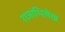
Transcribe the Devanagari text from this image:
राजाभिलेख